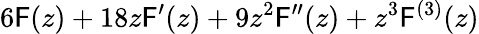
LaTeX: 6\mathsf{F}(z)+18z\mathsf{F}^{\prime}(z)+9z^{2}\mathsf{F}^{\prime\prime}(z)+z^{3}\mathsf{F}^{(3)}(z)